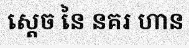
ស្តេច នៃ នគរ ហាន